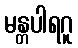
မန္တပါရဂူ